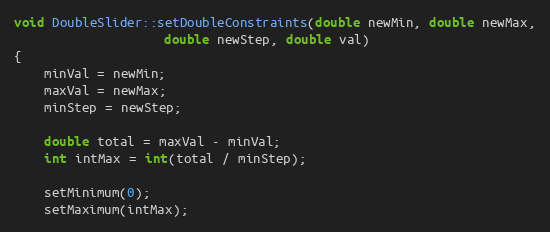
Language: C++
void DoubleSlider::setDoubleConstraints(double newMin, double newMax,
					double newStep, double val)
{
	minVal = newMin;
	maxVal = newMax;
	minStep = newStep;

	double total = maxVal - minVal;
	int intMax = int(total / minStep);

	setMinimum(0);
	setMaximum(intMax);